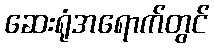
ဆေးရုံအရောက်တွင်